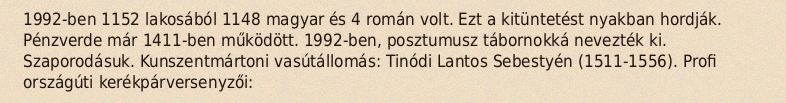
1992-ben 1152 lakosából 1148 magyar és 4 román volt. Ezt a kitüntetést nyakban hordják. Pénzverde már 1411-ben működött. 1992-ben, posztumusz tábornokká nevezték ki. Szaporodásuk. Kunszentmártoni vasútállomás: Tinódi Lantos Sebestyén (1511-1556). Profi országúti kerékpárversenyzői: